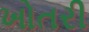
ખોતરી